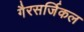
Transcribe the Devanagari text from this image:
गैरसर्जिकल